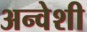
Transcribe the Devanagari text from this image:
अन्वेशी